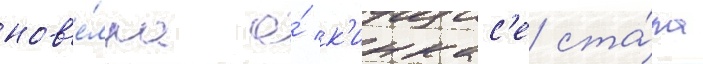
нов'е́лла о́ к'инкас'е ста́ла